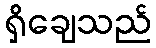
ရှိချေသည်